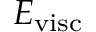
{ \cal E } _ { \mathrm { v i s c } }